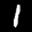
Label: 1